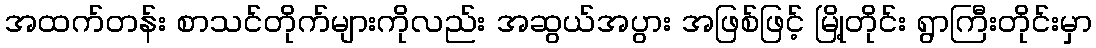
အထက်တန်း စာသင်တိုက်များကိုလည်း အဆွယ်အပွား အဖြစ်ဖြင့် မြို့တိုင်း ရွာကြီးတိုင်းမှာ